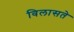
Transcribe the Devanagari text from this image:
विलासते